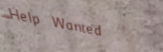
Help Wanted